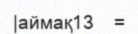
|аймақ13    =